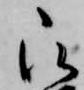
被